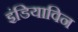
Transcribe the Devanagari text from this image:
इंडियाविन